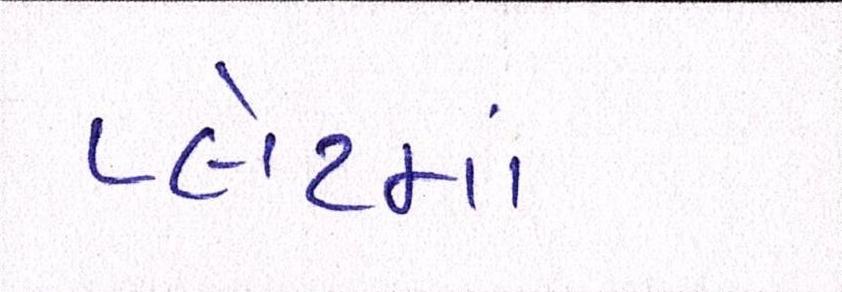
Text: પ્લેટમાં